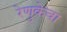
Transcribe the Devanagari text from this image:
रेणुकेचा